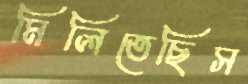
মিলিতেছিস